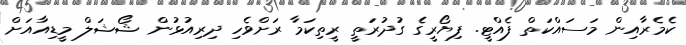
ކެމެރާއިން މަސައްކަތް ފެއްޓީ. ފިޔޯރީގެ ގުދުރަތީ ރީތިކަމާ ރަށްވެހި ދިރިއުޅުން ޝޯޝަލް މީޑިއާއަށް